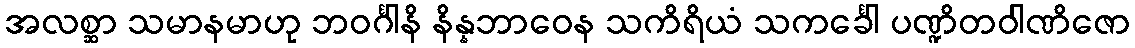
အလစ္ဆာ သမာနမာဟု ဘဝင်္ဂါနိ နိန္နဘာဝေန သကိရိယံ သကင်္ခေါ ပဏ္ဍိတဝါဏိဇော